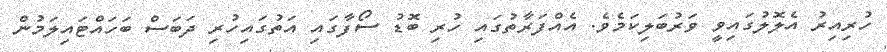
ހުރިއިރު އެލޮލުގައިވީ ވަރުބަލިކަމެވެ. އެއްފަރާތުގައި ހުރި ބޮޑު ސޯފާގައި އަތުގައިހުރި ދަބަސް ބަހައްޓައިލަމުން